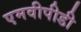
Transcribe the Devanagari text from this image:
एमवीपीडी